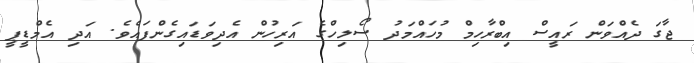
ޖާގަ ދެއްވަން ރައީސް އިބްރާހިމް މުހައްމަދު ސޯލިހްގެ އަރިހުން އެދިވަޑައިގެންފައެވެ. އަދި އެމްޑީޕީ